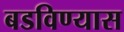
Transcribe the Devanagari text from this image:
बडविण्यास